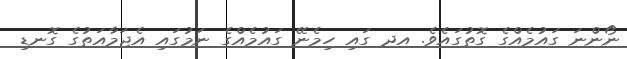
ނޯންނަ ގައުމެއްގެ ގޮތުގައެވެ. އދ ގައި ހިމެނޭ ގައުމެއްގެ ނަމުގައި އެޖަމާއަތުގެ ގޮނޑި